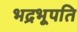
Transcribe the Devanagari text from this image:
भद्रभूपति